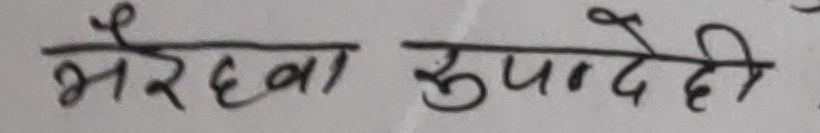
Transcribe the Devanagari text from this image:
भैरहवा रूपन्देही